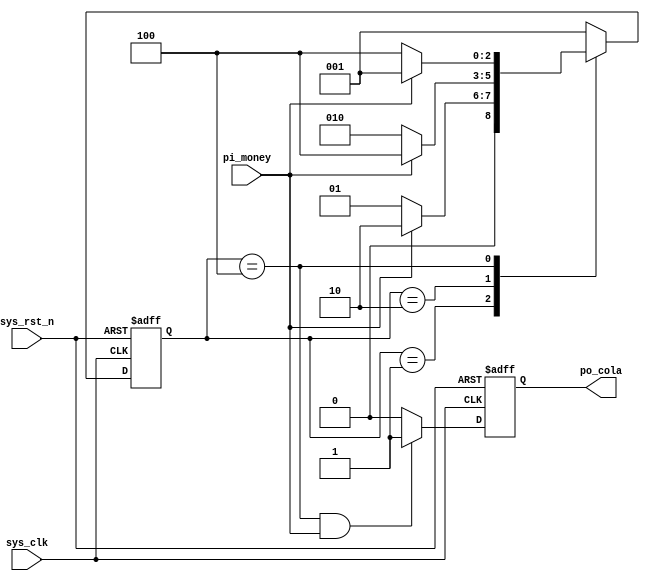
module  simple_fsm
(
    input   wire        sys_clk     ,
    input   wire        sys_rst_n   ,
    input   wire        pi_money    ,

    output  reg         po_cola
);

parameter   IDLE    =   3'b001;
parameter   ONE     =   3'b010;
parameter   TWO     =   3'b100;

reg     [2:0]   state;

always@(posedge sys_clk or negedge sys_rst_n)
    if(sys_rst_n == 1'b0)
        state   <=  IDLE;
    else    case(state)
        IDLE:   if(pi_money == 1'b1)
                    state   <=  ONE;
                else
                    state   <=  IDLE;
        ONE:    if(pi_money == 1'b1)
                    state   <=  TWO;
                else
                    state   <=  ONE;
        TWO:    if(pi_money == 1'b1)
                    state   <=  IDLE;
                else
                    state   <=  TWO;
        default:state   <=  IDLE;
    endcase

always@(posedge sys_clk or negedge sys_rst_n)
    if(sys_rst_n == 1'b0)
        po_cola <=  1'b0;
    else    if((state == TWO) && (pi_money == 1'b1))
        po_cola <=  1'b1;
    else
        po_cola <=  1'b0;

endmodule